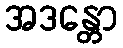
အဒန္တော